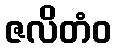
ဇလိတံဝ